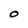
Character: O